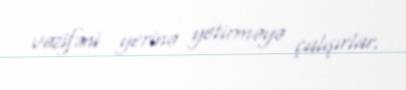
vəzifəni yerinə yetirməyə çalışırlar.